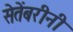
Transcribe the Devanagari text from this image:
सेतेंबरीनी